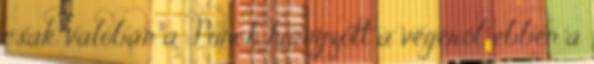
csak valóban a Punch hiányzott a végéről, ebben a